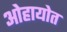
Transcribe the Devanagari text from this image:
ओहायोत